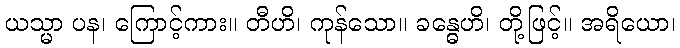
ယသ္မာ ပန၊ ကြောင့်ကား။ တီဟိ၊ ကုန်သော။ ခန္ဓေဟိ၊ တို့ဖြင့်။ အရိယော၊